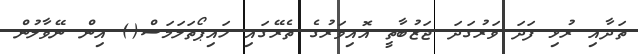
ތަދާއި ރުޅި ފަދަ ވަރުގަދަ ޖަޒުބާތީ އޮއިވަރުގެ ތެރޭގައި ހައިޕޯތަލަމަސް() އިން ނޭވާލުން